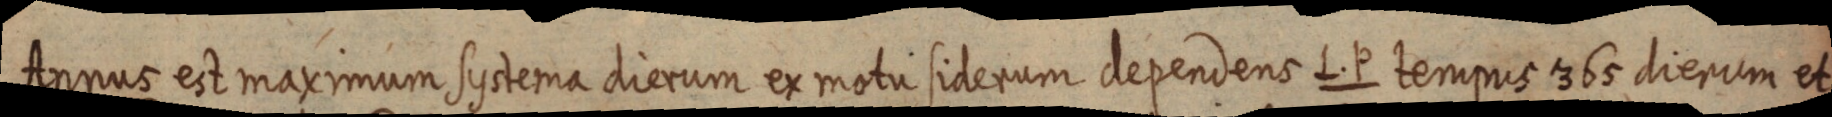
Annus est maximum systema dierum ex motu siderum dependens L. P tempus 365 dierum et